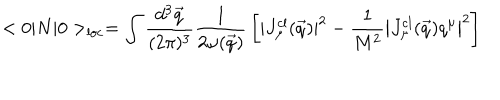
< 0 | N | 0 > _ { \mathrm { l o c } } = \int { \frac { d ^ { 3 } \vec { q } } { ( 2 \pi ) ^ { 3 } } } { \frac { 1 } { 2 \omega ( \vec { q } ) } } \left[ | J _ { \mu } ^ { \mathrm { c l } } ( \vec { q } ) | ^ { 2 } - { \frac { 1 } { M ^ { 2 } } } \left| J _ { \mu } ^ { \mathrm { c l } } ( \vec { q } ) q ^ { \mu } \right| ^ { 2 } \right]